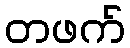
တဖက်